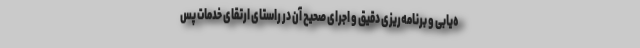
ه‌یابی و برنامه‌ریزی دقیق و اجرای صحیح آن در راستای ارتقای خدمات پس